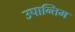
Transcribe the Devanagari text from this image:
उपान्तिम